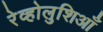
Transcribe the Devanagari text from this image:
रेव्होलुशिआँ